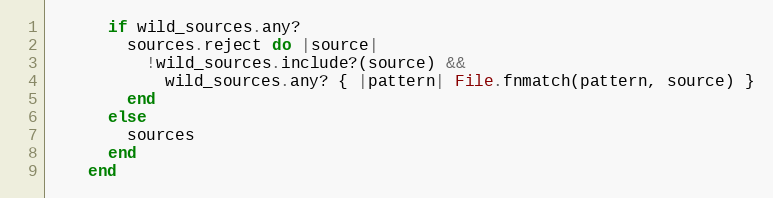
Language: Ruby
      if wild_sources.any?
        sources.reject do |source|
          !wild_sources.include?(source) &&
            wild_sources.any? { |pattern| File.fnmatch(pattern, source) }
        end
      else
        sources
      end
    end